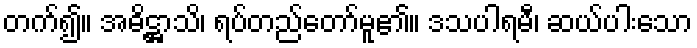
တက်၍။ အဓိဋ္ဌာသိ၊ ရပ်တည်တော်မူ၏။ ဒသပါရမီ၊ ဆယ်ပါးသော